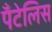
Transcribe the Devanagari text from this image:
पँटेलिस